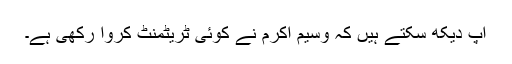
آپ دیکھ سکتے ہیں کہ وسیم اکرم نے کوئی ٹریٹمنٹ کروا رکھی ہے۔